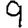
Digit: 9